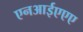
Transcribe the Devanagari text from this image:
एनआईएएए